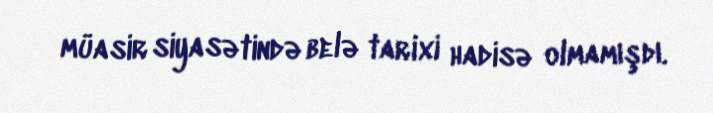
müasir siyasətində belə tarixi hadisə olmamışdı.